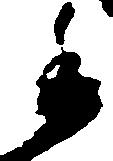
委